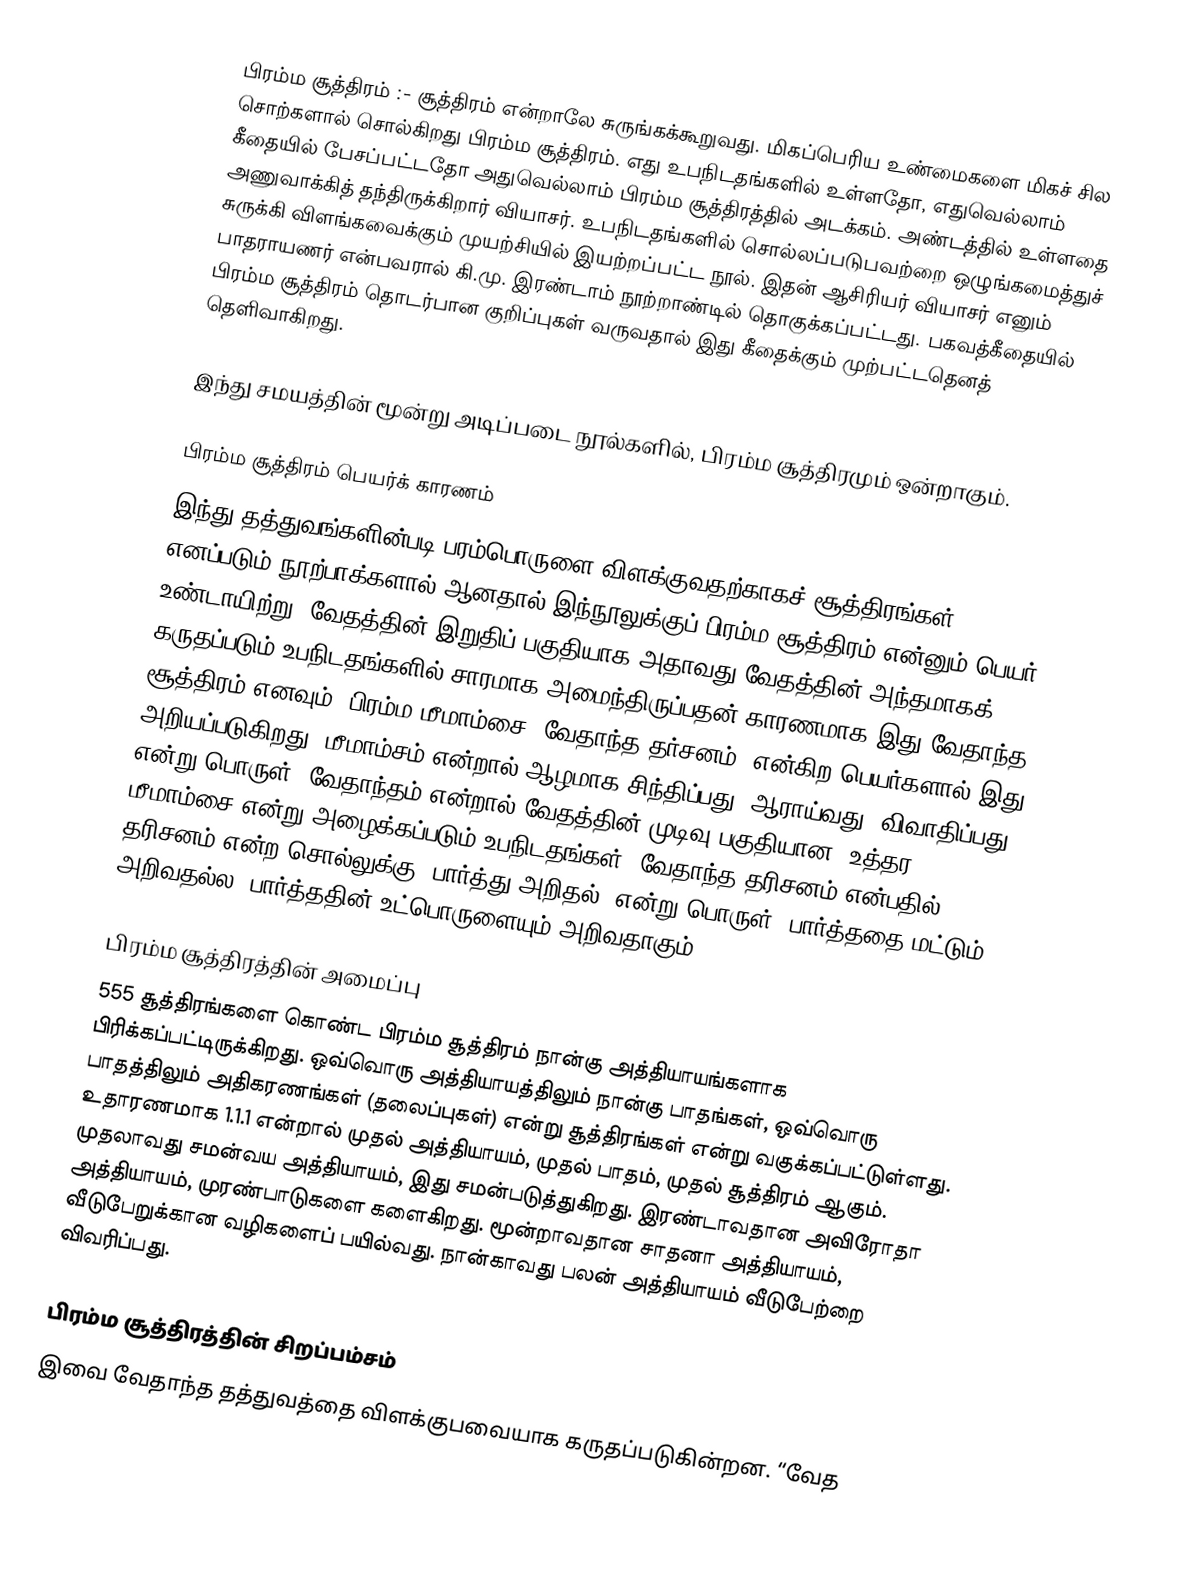
பிரம்ம சூத்திரம் :- சூத்திரம் என்றாலே சுருங்கக்கூறுவது. மிகப்பெரிய உண்மைகளை மிகச் சில சொற்களால் சொல்கிறது பிரம்ம சூத்திரம். எது உபநிடதங்களில் உள்ளதோ, எதுவெல்லாம் கீதையில் பேசப்பட்டதோ அதுவெல்லாம் பிரம்ம சூத்திரத்தில் அடக்கம். அண்டத்தில் உள்ளதை அணுவாக்கித் தந்திருக்கிறார் வியாசர்.  உபநிடதங்களில் சொல்லப்படுபவற்றை ஒழுங்கமைத்துச் சுருக்கி விளங்கவைக்கும் முயற்சியில் இயற்றப்பட்ட நூல். இதன் ஆசிரியர் வியாசர் எனும் பாதராயணர் என்பவரால் கி.மு. இரண்டாம் நூற்றாண்டில் தொகுக்கப்பட்டது. பகவத்கீதையில் பிரம்ம சூத்திரம் தொடர்பான குறிப்புகள் வருவதால் இது கீதைக்கும் முற்பட்டதெனத் தெளிவாகிறது.

இந்து சமயத்தின் மூன்று அடிப்படை நூல்களில், பிரம்ம சூத்திரமும் ஒன்றாகும்.

பிரம்ம சூத்திரம் பெயர்க் காரணம்
இந்து தத்துவங்களின்படி பரம்பொருளை விளக்குவதற்காகச் சூத்திரங்கள் எனப்படும் நூற்பாக்களால் ஆனதால் இந்நூலுக்குப் பிரம்ம சூத்திரம் என்னும் பெயர் உண்டாயிற்று. வேதத்தின் இறுதிப் பகுதியாக அதாவது வேதத்தின் அந்தமாகக் கருதப்படும் உபநிடதங்களில் சாரமாக அமைந்திருப்பதன் காரணமாக இது வேதாந்த சூத்திரம் எனவும், பிரம்ம மீமாம்சை, வேதாந்த தர்சனம், என்கிற பெயர்களால் இது அறியப்படுகிறது. மீமாம்சம் என்றால் ஆழமாக சிந்திப்பது, ஆராய்வது, விவாதிப்பது என்று பொருள். வேதாந்தம் என்றால் வேதத்தின் முடிவு பகுதியான, உத்தர மீமாம்சை என்று அழைக்கப்படும் உபநிடதங்கள். வேதாந்த தரிசனம் என்பதில் தரிசனம் என்ற சொல்லுக்கு ‘பார்த்து அறிதல்’ என்று பொருள். பார்த்ததை மட்டும் அறிவதல்ல, பார்த்ததின் உட்பொருளையும் அறிவதாகும்.

பிரம்ம சூத்திரத்தின் அமைப்பு
555 சூத்திரங்களை கொண்ட பிரம்ம சூத்திரம் நான்கு அத்தியாயங்களாக பிரிக்கப்பட்டிருக்கிறது. ஒவ்வொரு அத்தியாயத்திலும் நான்கு பாதங்கள், ஒவ்வொரு பாதத்திலும்  அதிகரணங்கள் (தலைப்புகள்) என்று சூத்திரங்கள் என்று வகுக்கப்பட்டுள்ளது. உதாரணமாக 1.1.1 என்றால் முதல் அத்தியாயம், முதல் பாதம், முதல் சூத்திரம் ஆகும். முதலாவது சமன்வய அத்தியாயம், இது சமன்படுத்துகிறது. இரண்டாவதான அவிரோதா அத்தியாயம், முரண்பாடுகளை களைகிறது. மூன்றாவதான சாதனா அத்தியாயம், வீடுபேறுக்கான வழிகளைப் பயில்வது. நான்காவது பலன் அத்தியாயம் வீடுபேற்றை விவரிப்பது.

பிரம்ம சூத்திரத்தின் சிறப்பம்சம்
இவை வேதாந்த தத்துவத்தை விளக்குபவையாக கருதப்படுகின்றன. “வேத